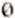
0